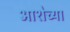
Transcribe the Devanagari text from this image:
आशेच्या